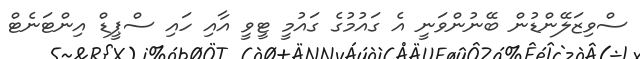
ސްވިޒަލޭންޑުން ބޭނުންވަނީ އެ ގައުމުގެ ގައުމީ ޓީވީ އާއި ހައި ސްޕީޑް އިންޓަނެޓް